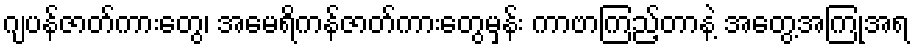
ဂျပန်ဇာတ်ကားတွေ၊ အမေရိကန်ဇာတ်ကားတွေမှန်း ကာဗာကြည့်တာနဲ့ အတွေ့အကြုံအရ